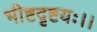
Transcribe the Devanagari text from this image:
भीष्टदृष्टयः।।